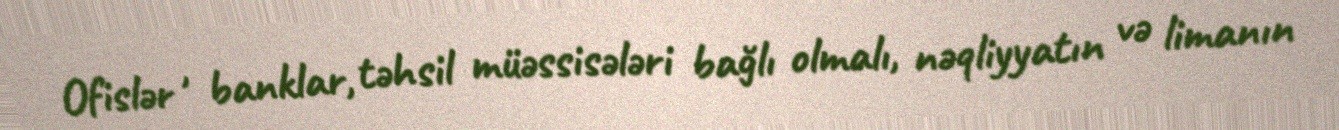
Ofislər , banklar, təhsil müəssisələri bağlı olmalı, nəqliyyatın və limanın